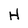
Character: H